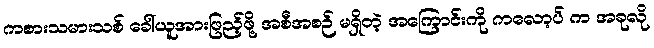
ကစားသမားသစ် ခေါ်ယူအားဖြည့်ဖို့ အစီအစဉ် မရှိတဲ့ အကြောင်းကို ကလော့ပ် က အခုလို